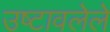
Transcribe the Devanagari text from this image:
उष्टावलेले